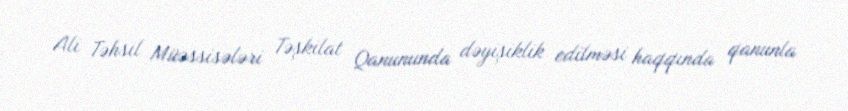
Ali Təhsil Müəssisələri Təşkilat Qanununda dəyişiklik edilməsi haqqında qanunla